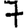
Digit: 7